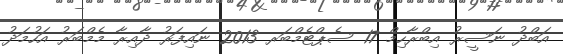
އަބްދު ނަސީރު އިބްރާހިމް 17 ސެޕްޓެމްބަރ 2013 ނައިފަރު ދާއިރާ މެމްބަރު އަހުމަދު